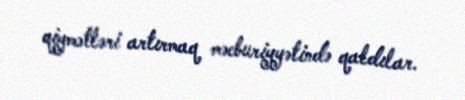
qiymətləri artırmaq məcburiyyətində qaldılar.